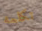
تكلمه